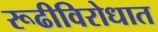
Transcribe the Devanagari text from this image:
रूढीविरोधात